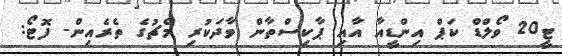
ޓީ20 ވޯލްޑް ކަޕް އިންޑީއާ އާއި ޕާކިސްތާން ވާދަކުރި މެޗުގެ ތެރެއިން- ފޮޓޯ: